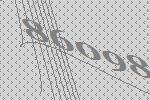
86098